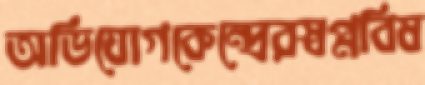
অভিযোগকেন্দ্রেরস্বপ্নবিষ